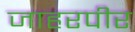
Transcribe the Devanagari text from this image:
जाहरपीर